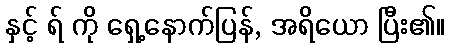
နှင့် ရ် ကို ရှေ့နောက်ပြန်, အရိယော ပြီး၏။